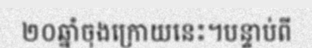
២០ឆ្នាំចុងក្រោយនេះ។បន្ទាប់ពី